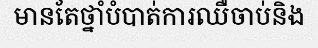
មានតែថ្នាំបំបាត់ការឈឺចាប់និង